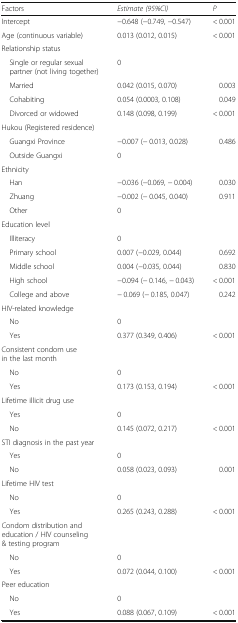
| Factors | Estimate (95%CI) | P |
 | --- | --- | --- |
 | Intercept | −0.648 (−0.749, −0.547) | < 0.001 |
 | Age (continuous variable) | 0.013 (0.012, 0.015) | < 0.001 |
 | Relationship status |  |  |
 | Single or regular sexual partner (not living together) | 0 |  |
 | Married | 0.042 (0.015, 0.070) | 0.003 |
 | Cohabiting | 0.054 (0.0003, 0.108) | 0.049 |
 | Divorced or widowed | 0.148 (0.098, 0.199) | < 0.001 |
 | Hukou (Registered residence) |  |  |
 | Guangxi Province | −0.007 (− 0.013, 0.028) | 0.486 |
 | Outside Guangxi | 0 |  |
 | Ethnicity |  |  |
 | Han | −0.036 (−0.069, − 0.004) | 0.030 |
 | Zhuang | −0.002 (− 0.045, 0.040) | 0.911 |
 | Other | 0 |  |
 | Education level |  |  |
 | Illiteracy | 0 |  |
 | Primary school | 0.007 (−0.029, 0.044) | 0.692 |
 | Middle school | 0.004 (−0.035, 0.044) | 0.830 |
 | High school | −0.094 (− 0.146, − 0.043) | < 0.001 |
 | College and above | − 0.069 (− 0.185, 0.047) | 0.242 |
 | HIV-related knowledge |  |  |
 | No | 0 |  |
 | Yes | 0.377 (0.349, 0.406) | < 0.001 |
 | Consistent condom use in the last month |  |  |
 | No | 0 |  |
 | Yes | 0.173 (0.153, 0.194) | < 0.001 |
 | Lifetime illicit drug use |  |  |
 | Yes | 0 |  |
 | No | 0.145 (0.072, 0.217) | < 0.001 |
 | STI diagnosis in the past year |  |  |
 | Yes | 0 |  |
 | No | 0.058 (0.023, 0.093) | 0.001 |
 | Lifetime HIV test |  |  |
 | No | 0 |  |
 | Yes | 0.265 (0.243, 0.288) | < 0.001 |
 | Condom distribution and education / HIV counseling & testing program |  |  |
 | No | 0 |  |
 | Yes | 0.072 (0.044, 0.100) | < 0.001 |
 | Peer education |  |  |
 | No | 0 |  |
 | Yes | 0.088 (0.067, 0.109) | < 0.001 |